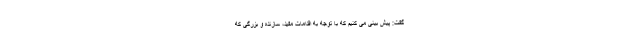
گفت: پیش بینی می کنیم که با توجه به اقدامات مفید، سازنده و بزرگی که